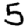
Digit: 5